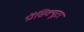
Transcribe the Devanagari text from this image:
प्रॉसिक्यूटर